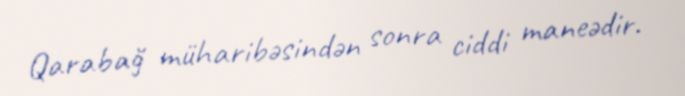
Qarabağ müharibəsindən sonra ciddi maneədir.